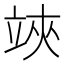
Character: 𥪂